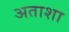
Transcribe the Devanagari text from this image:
अताशा